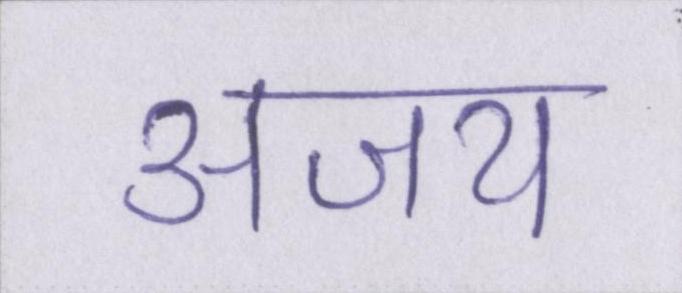
अजय